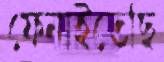
ফেনাইতেছি